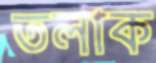
তলাক